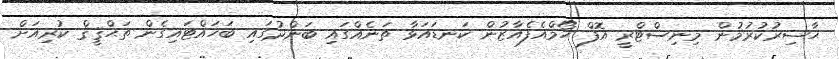
ޙާޟިރުކުރުމުން މިނިސްޓްރީ އޮފް ހޯމްއެފެއާޒުން ކަނޑައަޅާ ތަނެއްގައި ބަންދުގައި ބަހައްޓައިގެން ތަޙްޤީޤް ކުރިއަށް